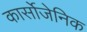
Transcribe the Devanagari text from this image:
कार्सोजेनिक